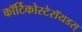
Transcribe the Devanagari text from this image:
कॉर्टिकोस्टेरॉयडस्